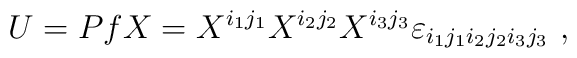
U=PfX=X^{i_1j_1}X^{i_2j_2}X^{i_3j_3}\varepsilon_{i_1j_1i_2j_2i_3j_3} ~,